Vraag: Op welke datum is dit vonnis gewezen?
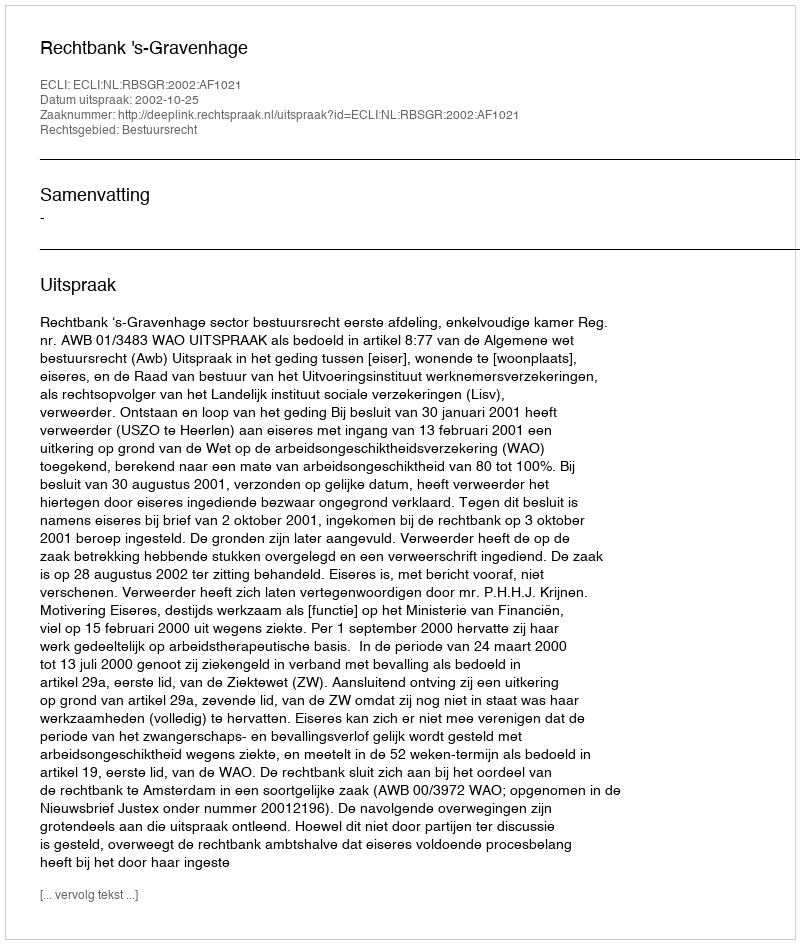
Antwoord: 2002-10-25